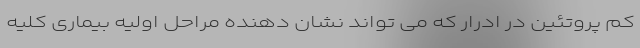
کم پروتئین در ادرار که می تواند نشان دهنده مراحل اولیه بیماری کلیه